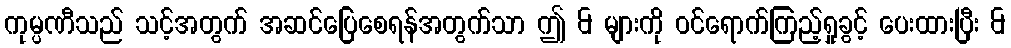
ကုမ္ပဏီသည် သင့်အတွက် အဆင်ပြေစေရန်အတွက်သာ ဤ & များကို ဝင်ရောက်ကြည့်ရှုခွင့် ပေးထားပြီး &